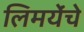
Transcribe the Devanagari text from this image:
लिमयेंंचे